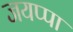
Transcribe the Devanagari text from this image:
जयप्पा